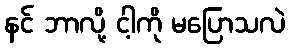
နင် ဘာလို့ ငါ့ကို မပြောသလဲ